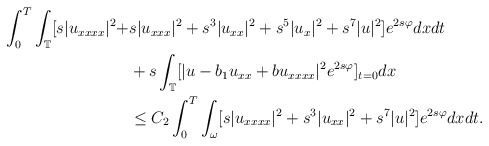
\begin{align*} \int_{0}^{T}\int_{\mathbb{T}}[s|u_{xxxx}|^2+&s|u_{xxx}|^2+s^3|u_{xx}|^2+s^5|u_x|^2+s^7|u|^2]e^{2s\varphi}dxdt\\ &+s\int_{\mathbb{T}}[|u-b_1u_{xx}+bu_{xxxx}|^2e^{2s\varphi}]_{t=0}dx\\ &\leq C_2\int_{0}^{T}\int_{\omega}[s|u_{xxxx}|^2+s^3|u_{xx}|^2+s^7|u|^2]e^{2s\varphi}dxdt.\end{align*}